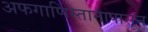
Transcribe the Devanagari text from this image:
अफगाणिस्तानापासून